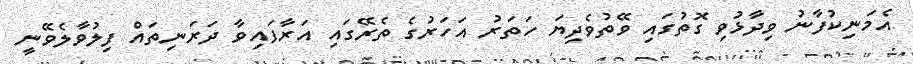
އެމަނިކުފާނު ވިދާޅުވި ގޮތުގައި ވޭތުވެދިޔަ ހަތަރު އަހަރުގެ ތެރޭގައި އަރާފައިވާ ދަރަނިތައް ފިލުވާލެވޭނީ